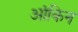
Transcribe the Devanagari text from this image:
आंकिन